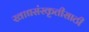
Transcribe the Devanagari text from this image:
खाद्यसंस्कृतीसाठी